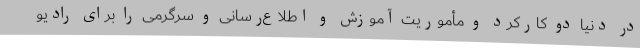
در دنیا دو کارکرد و مأموریت آموزش و اطلاع‌رسانی و سرگرمی را برای رادیو